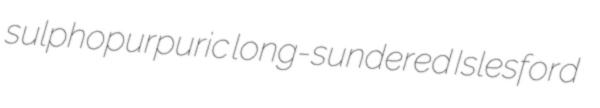
sulphopurpuric long-sundered Islesford